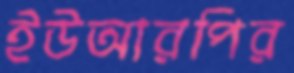
ইউআরপির